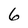
Character: 6